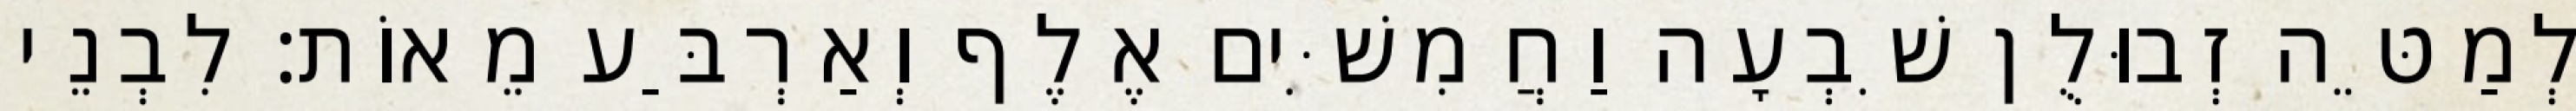
לְמַטֵּה זְבוּלֻן שִׁבְעָה וַחֲמִשִּׁים אֶלֶף וְאַרְבַּע מֵאוֹת׃ לִבְנֵי